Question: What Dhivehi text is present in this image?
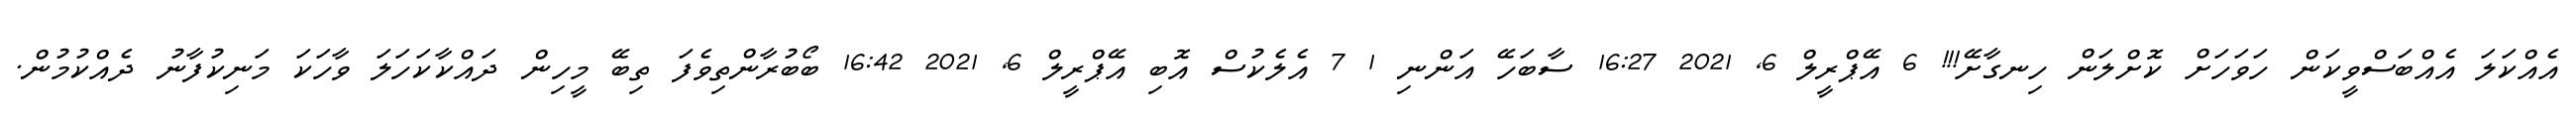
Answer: އެއްކަލަ އެއްބަސްވީކަން ހަވަހަށް ކޮށްލަން ހިނގާށޭ!!! 6 އޭޕްރީލް 6, 2021 16:27 ސާބަހޭ އަންނި 1 7 އެލެކުސް އޮބި އޭޕްރީލް 6, 2021 16:42 ބޯބުރާންތިވެފަ ތިބޭ މީހިން ދައްކާކަހަލަ ވާހަކަ މަނިކުފާނު ދެއްކުމުން.